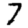
Digit: 7